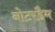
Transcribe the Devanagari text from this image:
नोटरडैम